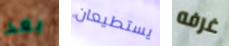
بعد يستطيعان غرفه